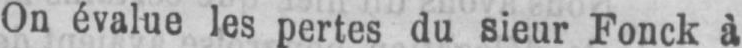
On évalue les pertes du sieur Fonck à